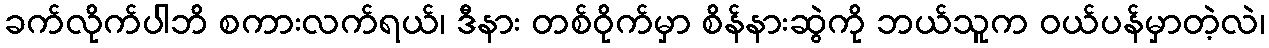
ခက်လိုက်ပါဘိ စကားလက်ရယ်၊ ဒီနား တစ်ဝိုက်မှာ စိန်နားဆွဲကို ဘယ်သူက ဝယ်ပန်မှာတဲ့လဲ၊